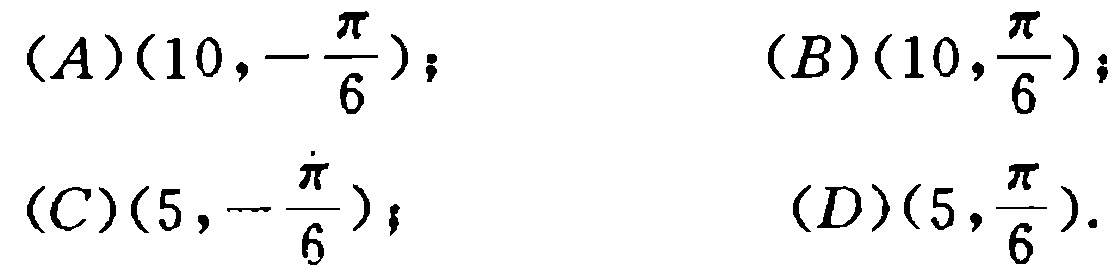
$(A)(10,-\frac{\pi}{6}); \quad (B)(10,\frac{\pi}{6});$

$(C)(5,-\frac{\pi}{6}); \quad (D)(5,\frac{\pi}{6}).$